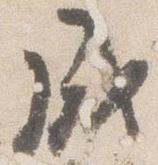
成